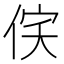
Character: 𬾔